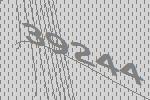
39244